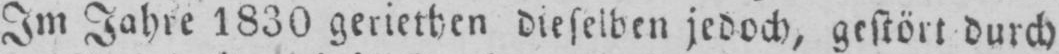
Im Jahre 1830 geriethen dieselben jedoch, gestört durch